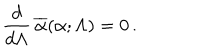
LaTeX: { \frac { d } { d \Lambda } } \, \overline { { \alpha } } ( \alpha ; \Lambda ) = 0 \, .